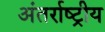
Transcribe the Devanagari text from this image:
अंतर्राष्ट्रीय